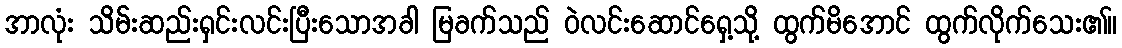
အာလုံး သိမ်းဆည်းရှင်းလင်းပြီးသောအခါ မြခက်သည် ဝဲလင်းဆောင်ရှေ့သို့ ထွက်မိအောင် ထွက်လိုက်သေး၏။